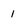
Character: I